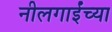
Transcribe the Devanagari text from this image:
नीलगाईंच्या